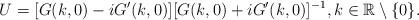
LaTeX: \begin{align*} U=[G(k,0)-iG'(k,0)][G(k,0)+iG'(k,0)]^{-1},k\in\mathbb{R}\setminus\{0\}.\end{align*}